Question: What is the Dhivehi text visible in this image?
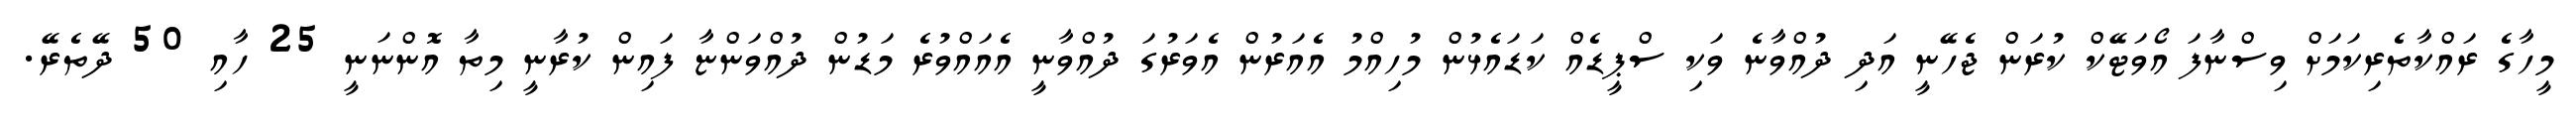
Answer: މީހާގެ ރައްކާތެރިކަމަށް ވިސްނާފަ އޯވަޓޭކް ކުރަން ޖެހޭނީ އަދި ދުއްވާނެ ވަކި ސްޕީޑެއް ކަޑައެޅުން މުހިއްމު އެއަރުން އެވަރުގަ ދުއްވާނީ އެއައްވުރެ މަޑުން ދުއްވަންޏާ ފައިން ކުރާނީ މިތާ އޮންނަނީ 25 ހާއި 50 ދޭތެރޭ.